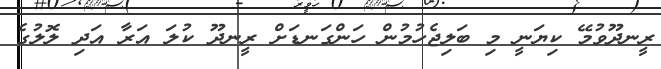
ރީނދޫވުމޭ ކިޔަނީ މި ބަލިޖެހުމުން ހަންގަނޑަށް ރީނދޫ ކުލަ އަރާ އަދި ލޮލުގެ